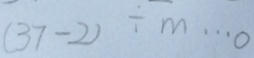
( 3 7 - 2 ) \div m \cdots 0